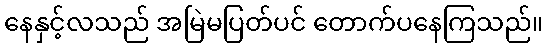
နေနှင့်လသည် အမြဲမပြတ်ပင် တောက်ပနေကြသည်။